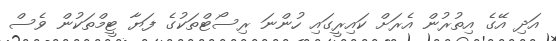
އަދި އޭގެ އިތުރުން އެރަށް ކައިރީގައި ހުންނަ ރިސޯޓްތަކުގެ ފަޔާ ޓީމްތަކުން ވެސް